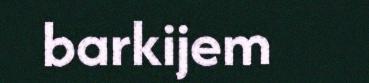
barkijem